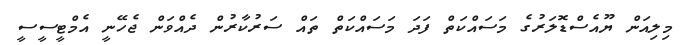
މިލިއަން ޔޫއެސްޑޮލަރުގެ މަސައްކަތް ފަދަ މަސައްކަތް ތައް ސަރުކާރުން ދެއްވަން ޖެހޭނީ އެމްޓީސީސީ